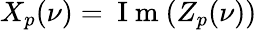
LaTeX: X_{p}(\nu)=\mathrm{~I~m~}(Z_{p}(\nu))